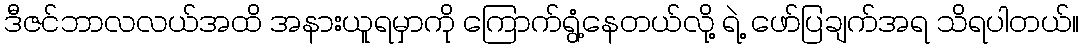
ဒီဇင်ဘာလလယ်အထိ အနားယူရမှာကို ကြောက်ရွံ့နေတယ်လို့ ရဲ့ ဖော်ပြချက်အရ သိရပါတယ်။